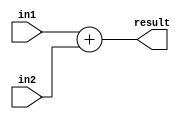
module add 
(
	input [31:0] in1 , in2,
	output [31:0] result
);
	assign result = in1 + in2 ;
endmodule